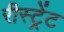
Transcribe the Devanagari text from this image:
रीस्ट्रेंट